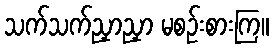
သက်သက်ညှာညှာ မစဉ်းစားကြ။